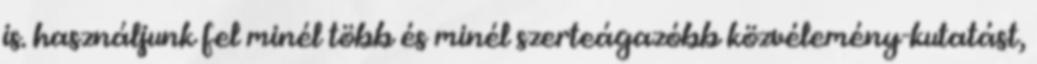
is. használjunk fel minél több és minél szerteágazóbb közvélemény-kutatást,